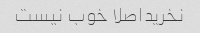
نخریداصلا خوب نیست